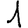
Digit: 1